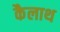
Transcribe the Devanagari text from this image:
कैलाथ